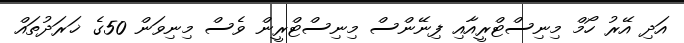
އަދި އޭރު ހޯމް މިނިސްޓްރީއާއި ފިނޭންސް މިނިސްޓްރީން ވެސް މިނިވަން 50ގެ ޚަރަދުތައް